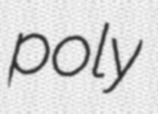
poly